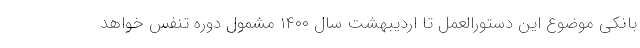
بانکی موضوع این دستورالعمل تا اردیبهشت سال ۱۴۰۰ مشمول دوره تنفس خواهد